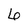
Character: 6